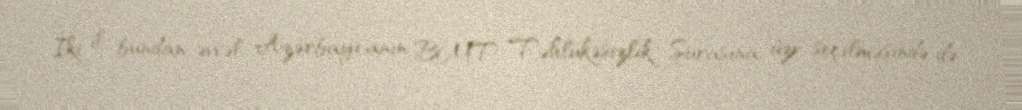
İki il bundan əvvəl Azərbaycanın BMT Təhlükəsizlik Şurasına üzv seçilməsində də